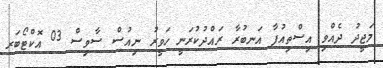
މަޖީދު ދެއްވި އިސްތިއުފާ އަނބުރާ ރައްދުކުރަނީ ހަވީރު ނިއުސް ސާވިސް 03 އޮކްޓޯބަރ